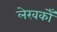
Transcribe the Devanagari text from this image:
लेखकोँ